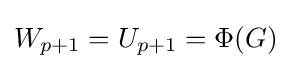
W_{p+1}=U_{p+1}=\Phi (G)